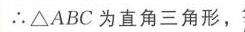
\(\therefore \triangle ABC\) 为直角三角形，